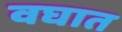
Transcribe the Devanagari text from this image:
वघात